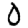
Digit: 0